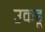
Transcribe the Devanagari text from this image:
उकडू